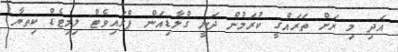
އަދި މި ރަށް ތަރައްގީ ކުރަމުން ދަނީ ގްލާޑިއަން ޕްރައިވެޓް ލިމިޓެޑް ކިތޔާ